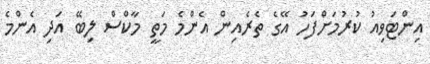
އިންޓަވިއު ކުރުމަށްފަހު އޭގެ ތެރެއިން އެންމެ މަތީ މާކްސް ލިބޭ އަދި އެންމެ